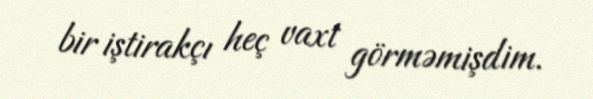
bir iştirakçı heç vaxt görməmişdim.